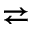
\rightleftarrows